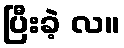
ပြီးခဲ့ လ။